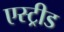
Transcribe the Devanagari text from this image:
एस्ट्रीड